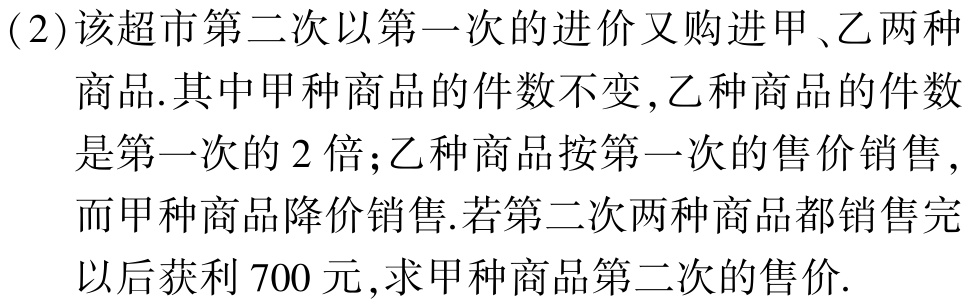
(2)该超市第二次以第一次的进价又购进甲、乙两种

商品.其中甲种商品的件数不变,乙种商品的件数

是第一次的$2$倍;乙种商品按第一次的售价销售,

而甲种商品降价销售.若第二次两种商品都销售完

以后获利$700$元,求甲种商品第二次的售价.